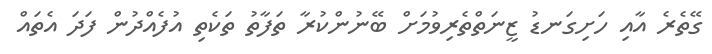
ގޭތެރެ އާއި ހަށިގަނޑު ޒީނަތްތެރިވުމަށް ބޭނުންކުރާ ތަފާތު ތަކެތި އުފެއްދުން ފަދަ އެތައް